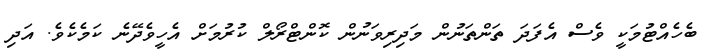
ބެހެއްޓުމަކީ ވެސް އެފަދަ ތަންތަނުން މަދިރިވަނުން ކޮންޓްރޯލް ކުރުމަށް އެހީވެދޭނެ ކަމެކެވެ. އަދި